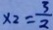
x _ { 2 } = \frac { 3 } { 2 }